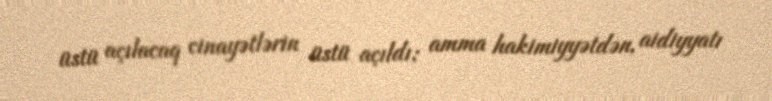
üstü açılacaq cinayətlərin üstü açıldı; amma hakimiyyətdən, aidiyyatı